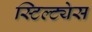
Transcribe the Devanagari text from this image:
स्टिल्ट्येस